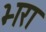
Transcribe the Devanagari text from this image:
भ्‍ारा